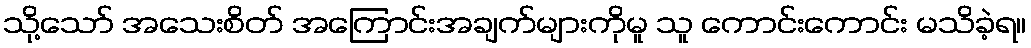
သို့သော် အသေးစိတ် အကြောင်းအချက်များကိုမူ သူ ကောင်းကောင်း မသိခဲ့ရ။